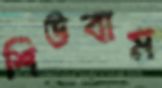
শিউবাম